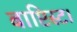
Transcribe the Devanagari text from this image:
बाप्टिस्ट।